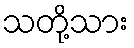
သတို့သား